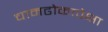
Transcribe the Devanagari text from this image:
चामढोकापेक्षा